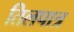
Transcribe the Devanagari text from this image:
तिलपात्र